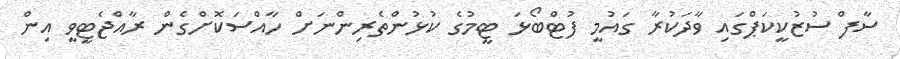
ސާފް ސުޒުކީކަޕްގައި ވާދަކުރާ ގައުމީ ފުޓްބޯޅަ ޓީމުގެ ކުޅުންތެރިންނަށް ހާއްސަކޮށްގެން ރާއްޖެޓީވީ އިން